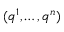
( q ^ { 1 } , \ldots , q ^ { n } )